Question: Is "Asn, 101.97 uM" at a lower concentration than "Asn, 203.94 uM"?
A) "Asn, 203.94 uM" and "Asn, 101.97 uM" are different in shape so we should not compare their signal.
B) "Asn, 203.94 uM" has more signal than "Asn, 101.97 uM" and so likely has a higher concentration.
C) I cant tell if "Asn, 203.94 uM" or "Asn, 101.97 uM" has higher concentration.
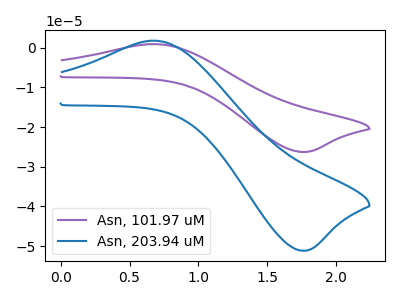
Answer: <think>The purple curve "Asn, 101.97 uM" has an anodic peak at (0.65V, 0.90uA) and a cathodic peak at (1.75V, -26.25uA). The blue curve "Asn, 203.94 uM" has an anodic peak at (0.65V, 1.75uA) and a cathodic peak at (1.75V, -51.15uA).
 All the peaks in "Asn, 203.94 uM" have a peak in "Asn, 101.97 uM" at the same potential. Every peak in "Asn, 203.94 uM" is higher than every peak in "Asn, 101.97 uM".</think>
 <answer>B) "Asn, 203.94 uM" has more signal than "Asn, 101.97 uM" and so likely has a higher concentration.</answer>
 <eval>B</eval>